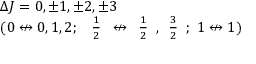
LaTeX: \begin{array} { l } { \Delta J = 0 , \pm 1 , \pm 2 , \pm 3 } \\ { ( 0 \not \leftrightarrow 0 , 1 , 2 ; \ { \begin{array} { l } { { \frac { 1 } { 2 } } } \end{array} } \not \leftrightarrow { \begin{array} { l } { { \frac { 1 } { 2 } } } \end{array} } , { \begin{array} { l } { { \frac { 3 } { 2 } } } \end{array} } ; \ 1 \not \leftrightarrow 1 ) } \end{array}